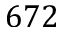
6 7 2